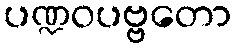
ပဏ္ဍဝပဗ္ဗတော